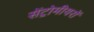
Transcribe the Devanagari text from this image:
सेंट्रोमीयरों